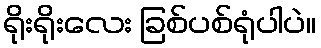
ရိုးရိုးလေး ခြစ်ပစ်ရုံပါပဲ။